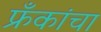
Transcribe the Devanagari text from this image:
फ्रँकांचा